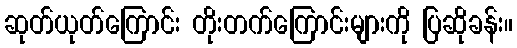
ဆုတ်ယုတ်ကြောင်း တိုးတက်ကြောင်းများကို ပြဆိုခန်း။